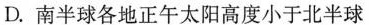
D.南半球各地正午太阳高度小于北半球